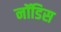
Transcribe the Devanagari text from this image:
नॉडिस